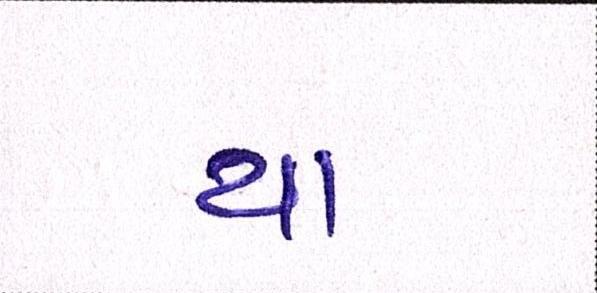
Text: યા